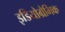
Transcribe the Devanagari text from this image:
इडियोग्रैमिक